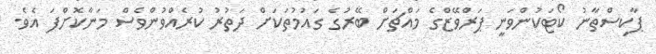
ޕާކިސްތާނު ކޯޓަކުންވަނީ ޕަރްވޭޒްގެ މައްޗަށް ބޭރުގެ ގައުމުތަކަށް ދަތުރު ކުރެއްވުންވެސް މަނާކޮށްފަ އެވެ.